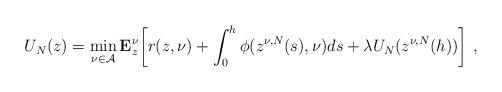
LaTeX: \begin{align*} U_N(z) = \min_{\nu \in \mathcal{A}} \mathbf{E}_{z}^\nu\!\left[r(z,\nu) + \int_0^h \phi(z^{\nu, N}(s), \nu) ds + \lambda U_N(z^{\nu, N}(h))\right]\,, \end{align*}